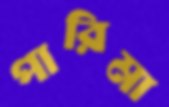
পারিমা